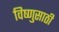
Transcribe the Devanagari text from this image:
विष्णुसाठी